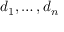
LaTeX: d _ { 1 } , \ldots , d _ { n }